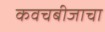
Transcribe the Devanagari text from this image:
कवचबीजाचा